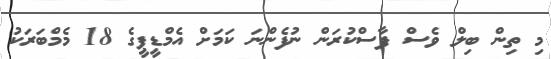
މި ތިން ބިލް ވެސް ފާސްކުރަން ނުފެންނަ ކަމަށް އެމްޑީޕީގެ 18 މެމްބަރަކު